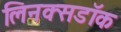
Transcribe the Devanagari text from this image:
लिनक्सडॉक